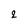
Character: 2